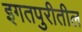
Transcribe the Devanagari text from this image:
इगतपुरीतील